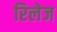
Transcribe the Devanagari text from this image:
रिलेज